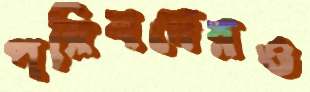
পরিষদেরও